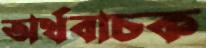
অর্থবাচক